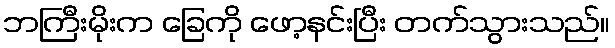
ဘကြီးမိုးက ခြေကို ဖော့နင်းပြီး တက်သွားသည်။